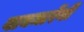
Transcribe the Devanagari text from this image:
वाघमारेंनी